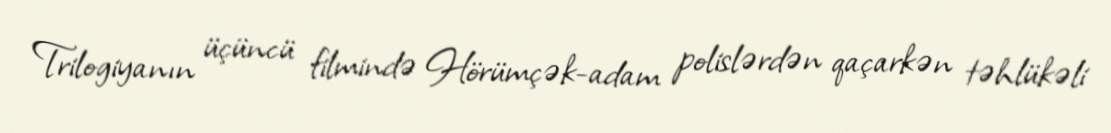
Trilogiyanın üçüncü filmində Hörümçək-adam polislərdən qaçarkən təhlükəli